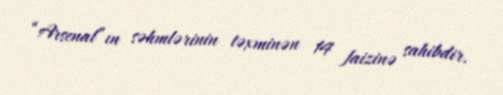
“Arsenal”ın səhmlərinin təxminən 14 faizinə sahibdir.